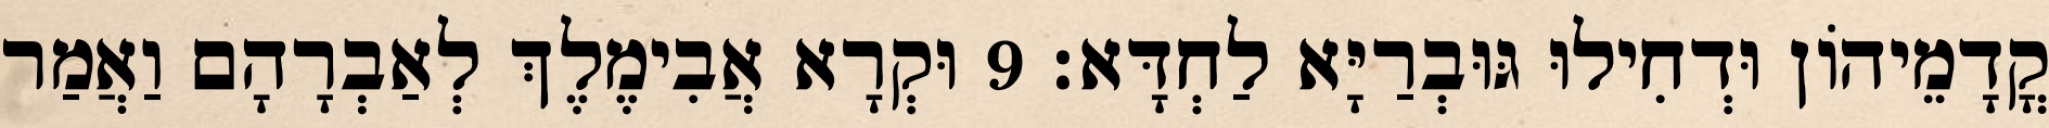
קֳדָמֵיהוֹן וּדְחִילוּ גּוּבְרַיָּא לַחְדָּא׃ 9 וּקְרָא אֲבִימֶלֶךְ לְאַבְרָהָם וַאֲמַר